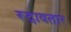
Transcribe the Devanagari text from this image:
रूद्रावतार